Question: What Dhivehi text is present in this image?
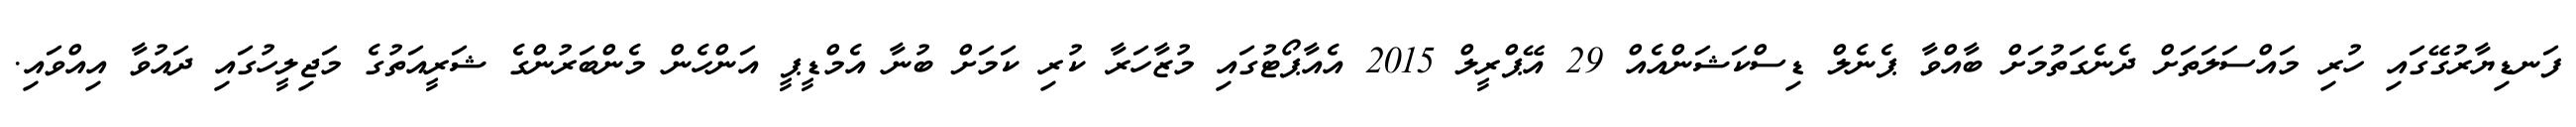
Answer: ފަނޑިޔާރުގޭގައި ހުރި މައްސަލަތަށް ދެނެގަތުމަށް ބާއްވާ ޕެނެލް ޑިސްކަޝަންއެއް 29 އޭޕްރީލް 2015 އެއާޕޯޓުގައި މުޒާހަރާ ކުރި ކަމަށް ބުނާ އެމްޑީޕީ އަންހެން މެންބަރުންގެ ޝަރީއަތުގެ މަޖިލީހުގައި ދައުވާ އިއްވައި.